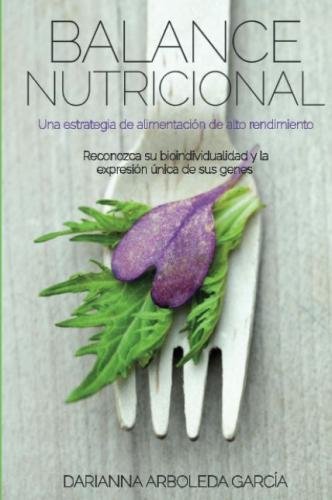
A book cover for Balance Nutricional: Una estrategia de alimentaciÃ³n de alto rendimiento (Spanish Edition); Darianna Arboleda GarcÃ­a; Health, Fitness & Dieting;